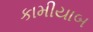
કામીયાબ